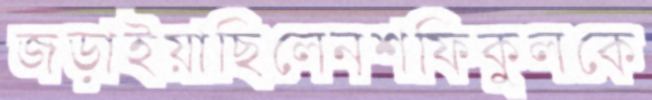
জড়াইয়াছিলেনশফিকুলকে